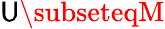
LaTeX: \mathsf{U}\subseteqM